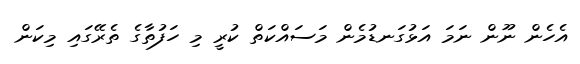
އެހެން ނޫން ނަމަ އަޅުގަނޑުމެން މަސައްކަތް ކުރީ މި ހަފުތާގެ ތެރޭގައި މިކަން